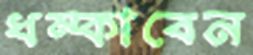
ধম্‌কাবেন